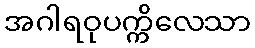
အဂါရဝုပက္ကိလေသာ